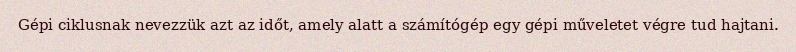
Gépi ciklusnak nevezzük azt az időt, amely alatt a számítógép egy gépi műveletet végre tud hajtani.